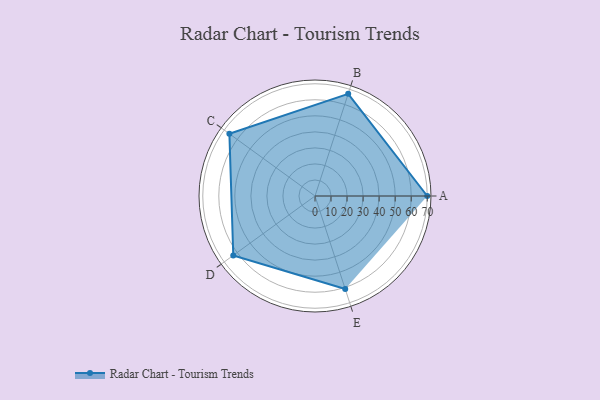
{"axis": {"x": "Skill", "y": "Score"}, "legend": ["Profile"], "data": [{"x": "A", "y": 70.0, "type": "Profile"}, {"x": "B", "y": 67.0, "type": "Profile"}, {"x": "C", "y": 66.0, "type": "Profile"}, {"x": "D", "y": 63.0, "type": "Profile"}, {"x": "E", "y": 61.0, "type": "Profile"}]}